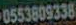
0553809338